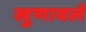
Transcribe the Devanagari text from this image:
खुणावले